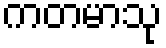
ကတမာသု